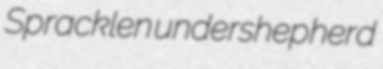
Spracklen undershepherd